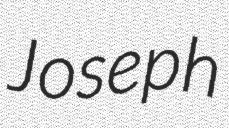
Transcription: Joseph